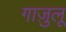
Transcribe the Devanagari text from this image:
गाज़ुलू